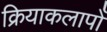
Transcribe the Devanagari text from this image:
क्रियाकलापोँ